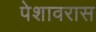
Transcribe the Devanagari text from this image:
पेशावरास